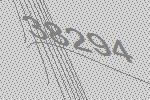
38294